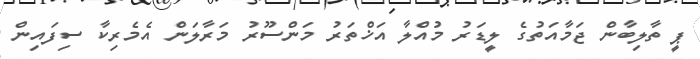
ޕީ ތާލިބާން ޖަމާއަތުގެ ލީޑަރު މުއްލާ އަޚްތަރު މަންސޫރު މަރާލަން އެމެރިކާ ސިފައިން